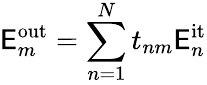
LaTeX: \mathsf{E}_{m}^{\mathrm{{out}}}=\sum_{n=1}^{N}t_{nm}\mathsf{E}_{n}^{\mathrm{{it}}}